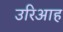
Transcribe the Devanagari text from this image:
उरिआह